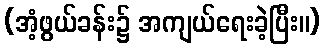
(အံ့ဖွယ်ခန်း၌ အကျယ်ရေးခဲ့ပြီး။)